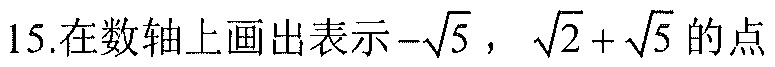
15.在数轴上画出表示 \(-\sqrt{5}\)，\(\sqrt{2}+\sqrt{5}\) 的点